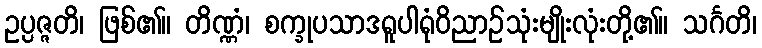
ဥပ္ပဇ္ဇတိ၊ ဖြစ်၏။ တိဏ္ဏံ၊ စက္ခုပသာဒရူပါရုံဝိညာဉ်သုံးမျိုးလုံးတို့၏။ သင်္ဂတိ၊